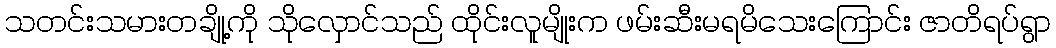
သတင်းသမားတချို့ကို သိုလှောင်သည် ထိုင်းလူမျိုးက ဖမ်းဆီးမရမိသေးကြောင်း ဇာတိရပ်ရွာ